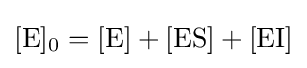
[{\ce {E}}]_{0}=[{\ce {E}}]+[{\mathrm {ES} }]+[{\mathrm {EI} }]